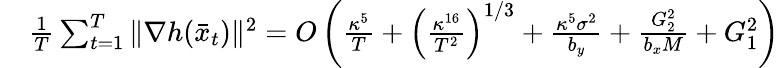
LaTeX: \begin{array}{rl}&{\frac{1}{T}\sum_{t=1}^{T}\| \nabla h(\bar{x}_{t})\| ^{2}=O\left(\frac{\kappa^{5}}{T}+\left(\frac{\kappa^{16}}{T^{2}}\right)^{1/3}+\frac{\kappa^{5}\sigma^{2}}{b_{y}}+\frac{G_{2}^{2}}{b_{x}M}+G_{1}^{2}\right)}\end{array}